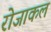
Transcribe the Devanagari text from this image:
रोजाकल